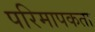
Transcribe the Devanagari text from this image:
परिमापकता